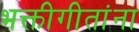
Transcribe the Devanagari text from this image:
भक्तीगीतांना